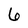
Character: 6